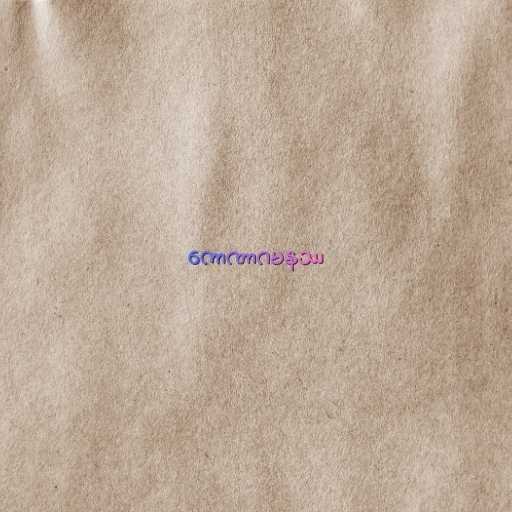
ကောဏာဂမနဿ